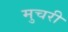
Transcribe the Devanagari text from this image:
मुचरी